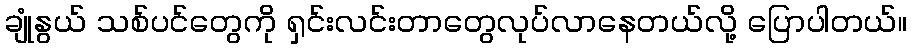
ချုံနွယ် သစ်ပင်တွေကို ရှင်းလင်းတာတွေလုပ်လာနေတယ်လို့ ပြောပါတယ်။